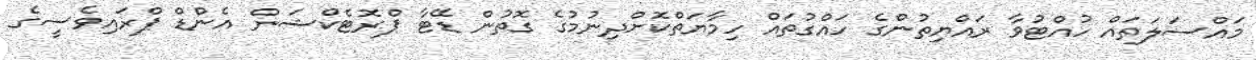
މައްސަލަތައް ހުއްޓުވާ ރައްޔިތުންގެ ހައްގުތައް ހިމާޔަތްކޮށްދިނުމުގެ ގޮތުން ޑޭޓާ ޕްރޮޓެކްޝަން އެންޑް ޕްރައިވެސީގެ